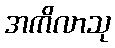
အကိလာသု